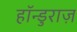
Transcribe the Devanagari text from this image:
हॉन्डुराज़